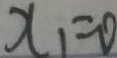
x _ { 1 } = 0